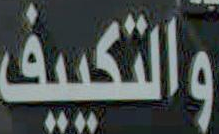
والتكييف